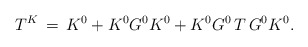
\begin{align*}T^K\,=\,K^0+K^0G^0K^0+K^0G^0\,T\,G^0K^0.\end{align*}